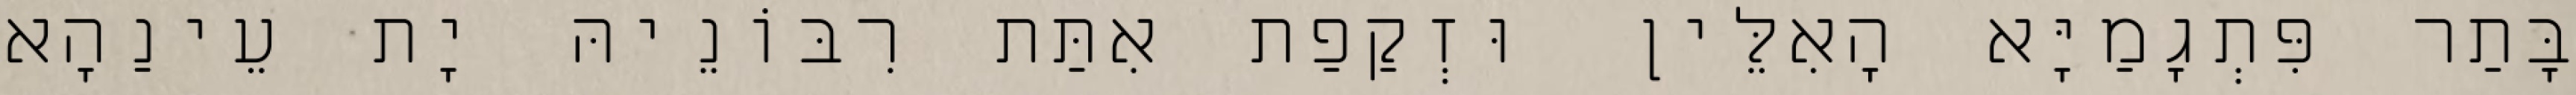
בָּתַר פִּתְגָמַיָּא הָאִלֵּין וּזְקַפַת אִתַּת רִבּוֹנֵיהּ יָת עֵינַהָא